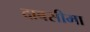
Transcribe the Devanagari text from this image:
दाबसीमा